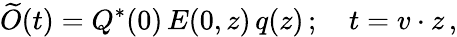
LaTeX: \widetilde O(t)=Q^{*}(0)\, E(0,z)\, q(z)\, ;\quad t=v\cdot z\, ,